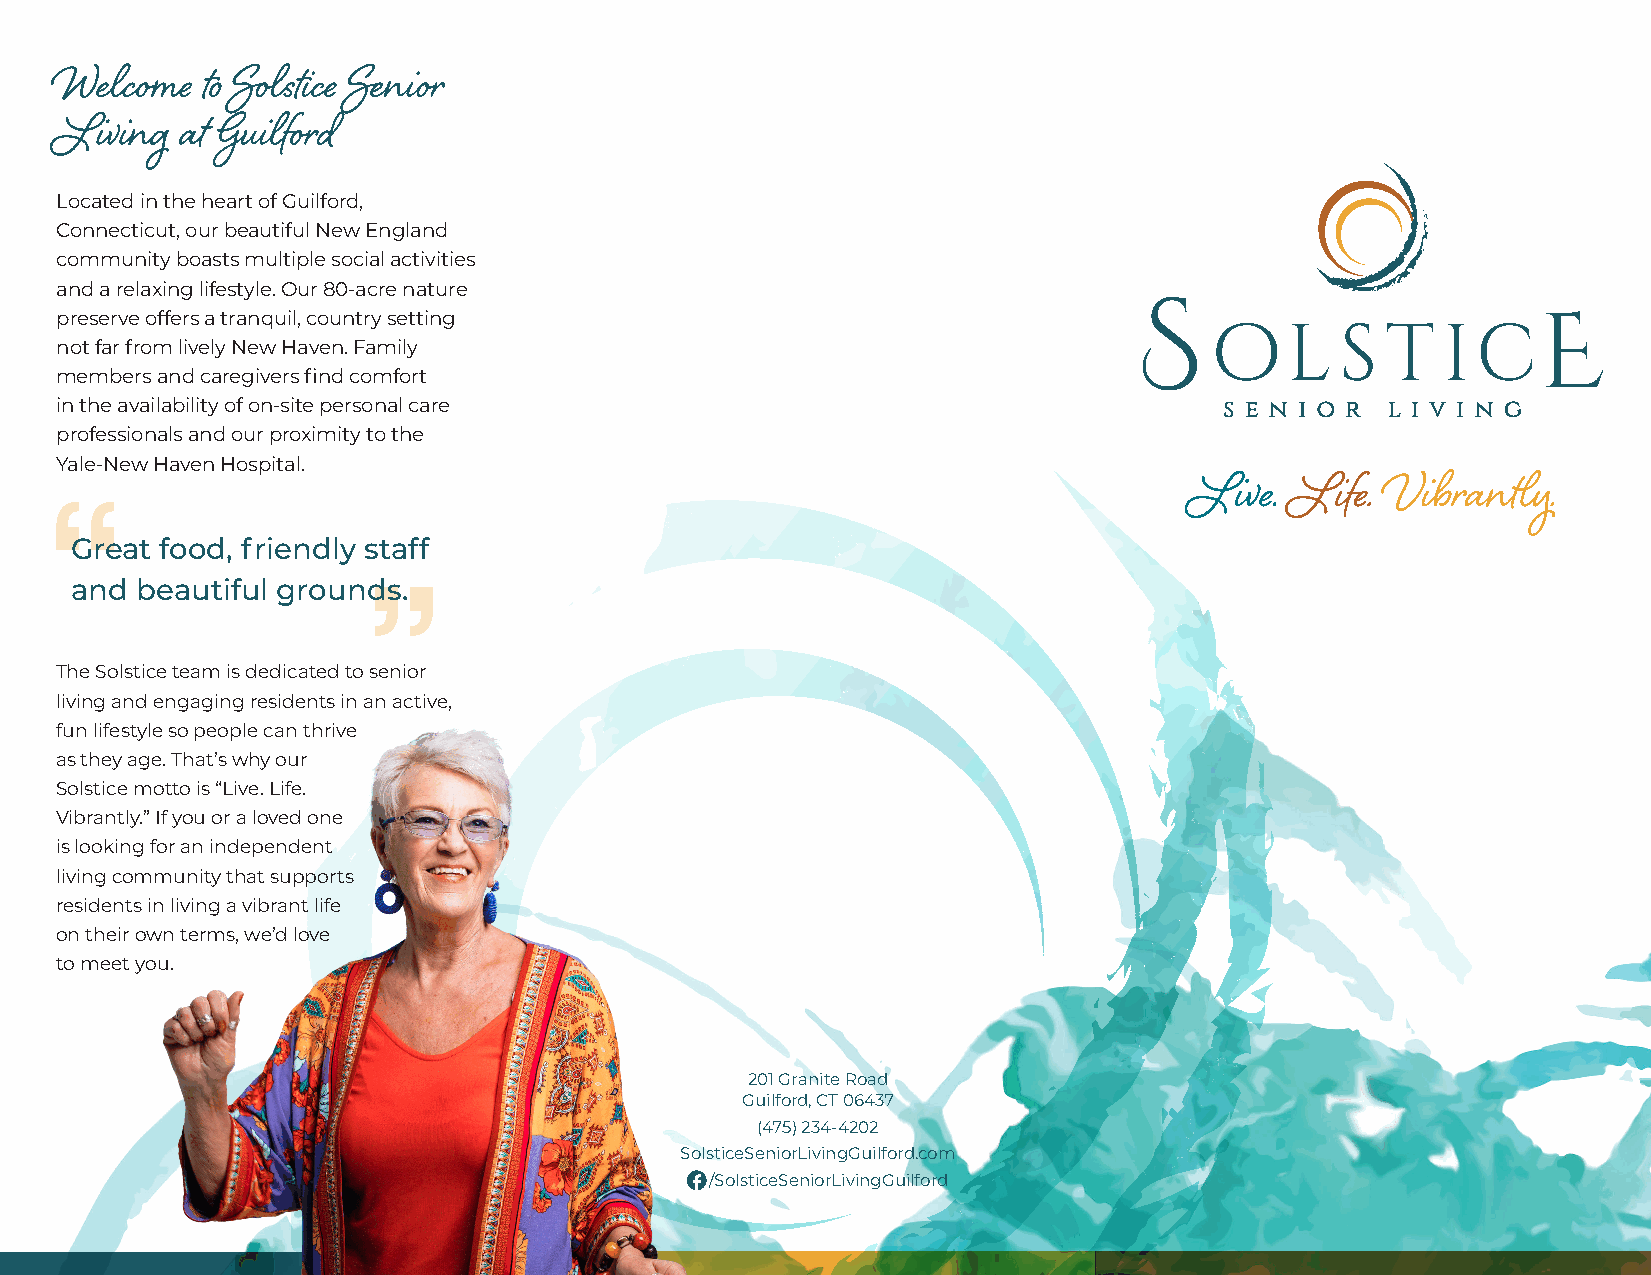
Welcome  to Solstice Senior
 Living  at Guilford
 Located in the heart of Guilford,
 Connecticut, our beautiful New England
 community boasts multiple social activities
 and a relaxing lifestyle. Our 80-acre nature
 preserve offers a tranquil, country setting
 not far from lively New Haven. Family
 members and caregivers find comfort
 in the availability of on-site personal care
 professionals and our proximity to the
 Yale-New Haven Hospital.
 Live. Life.  Vibrantly.
 Great food, friendly staff
 and beautiful grounds.
 The Solstice team is dedicated to senior
 living and engaging residents in an active,
 fun lifestyle so people can thrive
 as they age. That’s why our
 Solstice motto is “Live. Life.
 Vibrantly.” If you or a loved one
 is looking for an independent
 living community that supports
 residents in living a vibrant life
 on their own terms, we’d love
 to meet you.
 201 Granite Road
 Guilford, CT 06437
 (475) 234-4202
 SolsticeSeniorLivingGuilford.com
 /SolsticeSeniorLivingGuilford